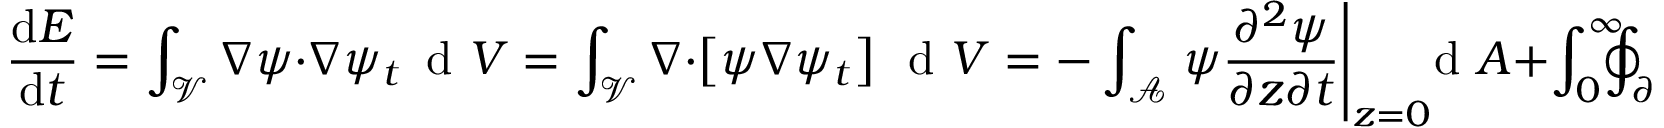
\frac { \mathrm { d } E } { \mathrm { d } t } = \int _ { \mathcal { V } } \nabla \psi \cdot \nabla \psi _ { t } \, \textrm { d } V = \int _ { \mathcal { V } } \nabla \cdot \left[ \psi \nabla \psi _ { t } \right] \, \textrm { d } V = - \int _ { \mathcal { A } } \left. \psi \frac { \partial ^ { 2 } \psi } { \partial z \partial t } \right| _ { z = 0 } \! \! \! \! \, \textrm { d } A + \int _ { 0 } ^ { \infty } \! \! \! \! \oint _ { \partial \mathcal { A } } \psi \nabla \psi _ { t } \cdot \hat { \textbf { n } } \, \textrm { d } l \, \textrm { d } z .